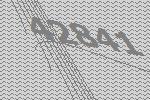
42841